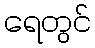
ရေတွင်